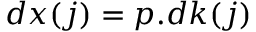
d x ( j ) = p . d k ( j )